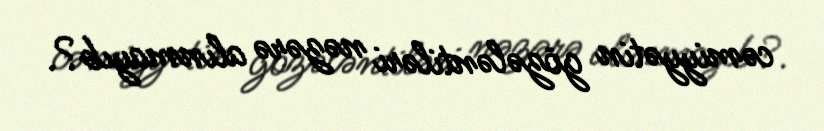
cəmiyyətin gözələntiləri nəzərə alınmayıb?.